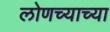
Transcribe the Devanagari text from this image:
लोणच्याच्या